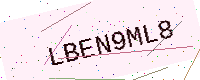
Text: LBEN9ML8